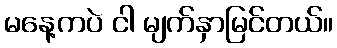
မနေ့ကပဲ ငါ မျက်နှာမြင်တယ်။